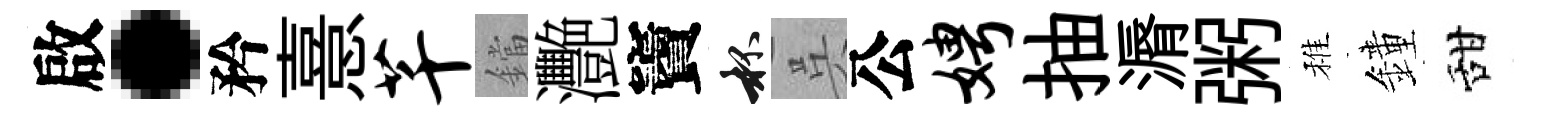
啟·矜憙芊鐺灧竇杯呉公娉抽漘粥稚鐘甜